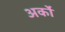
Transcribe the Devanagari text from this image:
अर्कों